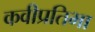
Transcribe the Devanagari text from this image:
कवीप्रतिभा